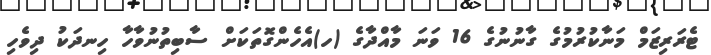
ޓެރަރިޒަމް މަނާކުރުމުގެ ގާނުނުގެ 16 ވަނަ މާއްދާގެ (ހ)އެހެންގޮތަކަށް ސާބިތުނުވާހާ ހިނދަކު ދިވެހި